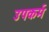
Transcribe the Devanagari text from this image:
उपकर्म